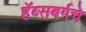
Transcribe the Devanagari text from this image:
हॅब्सबर्गचे